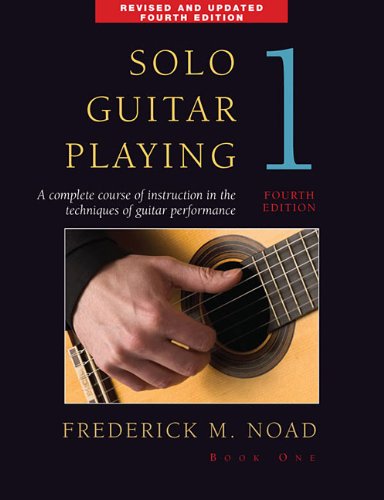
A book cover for Solo Guitar Playing - Book 1, 4th Edition; Frederick Noad; Arts & Photography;